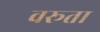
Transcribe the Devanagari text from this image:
वरूता